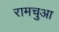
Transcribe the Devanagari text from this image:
रामचुआ